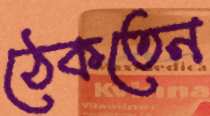
ঠেকতেন